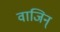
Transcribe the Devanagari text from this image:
वाजिन्